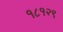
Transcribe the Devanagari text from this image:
१८१२९